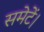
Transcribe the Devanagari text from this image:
समेटें।